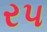
ર૫